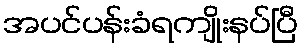
အပင်ပန်းခံရကျိုးနပ်ပြီ